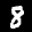
Label: 8